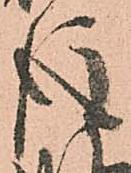
後